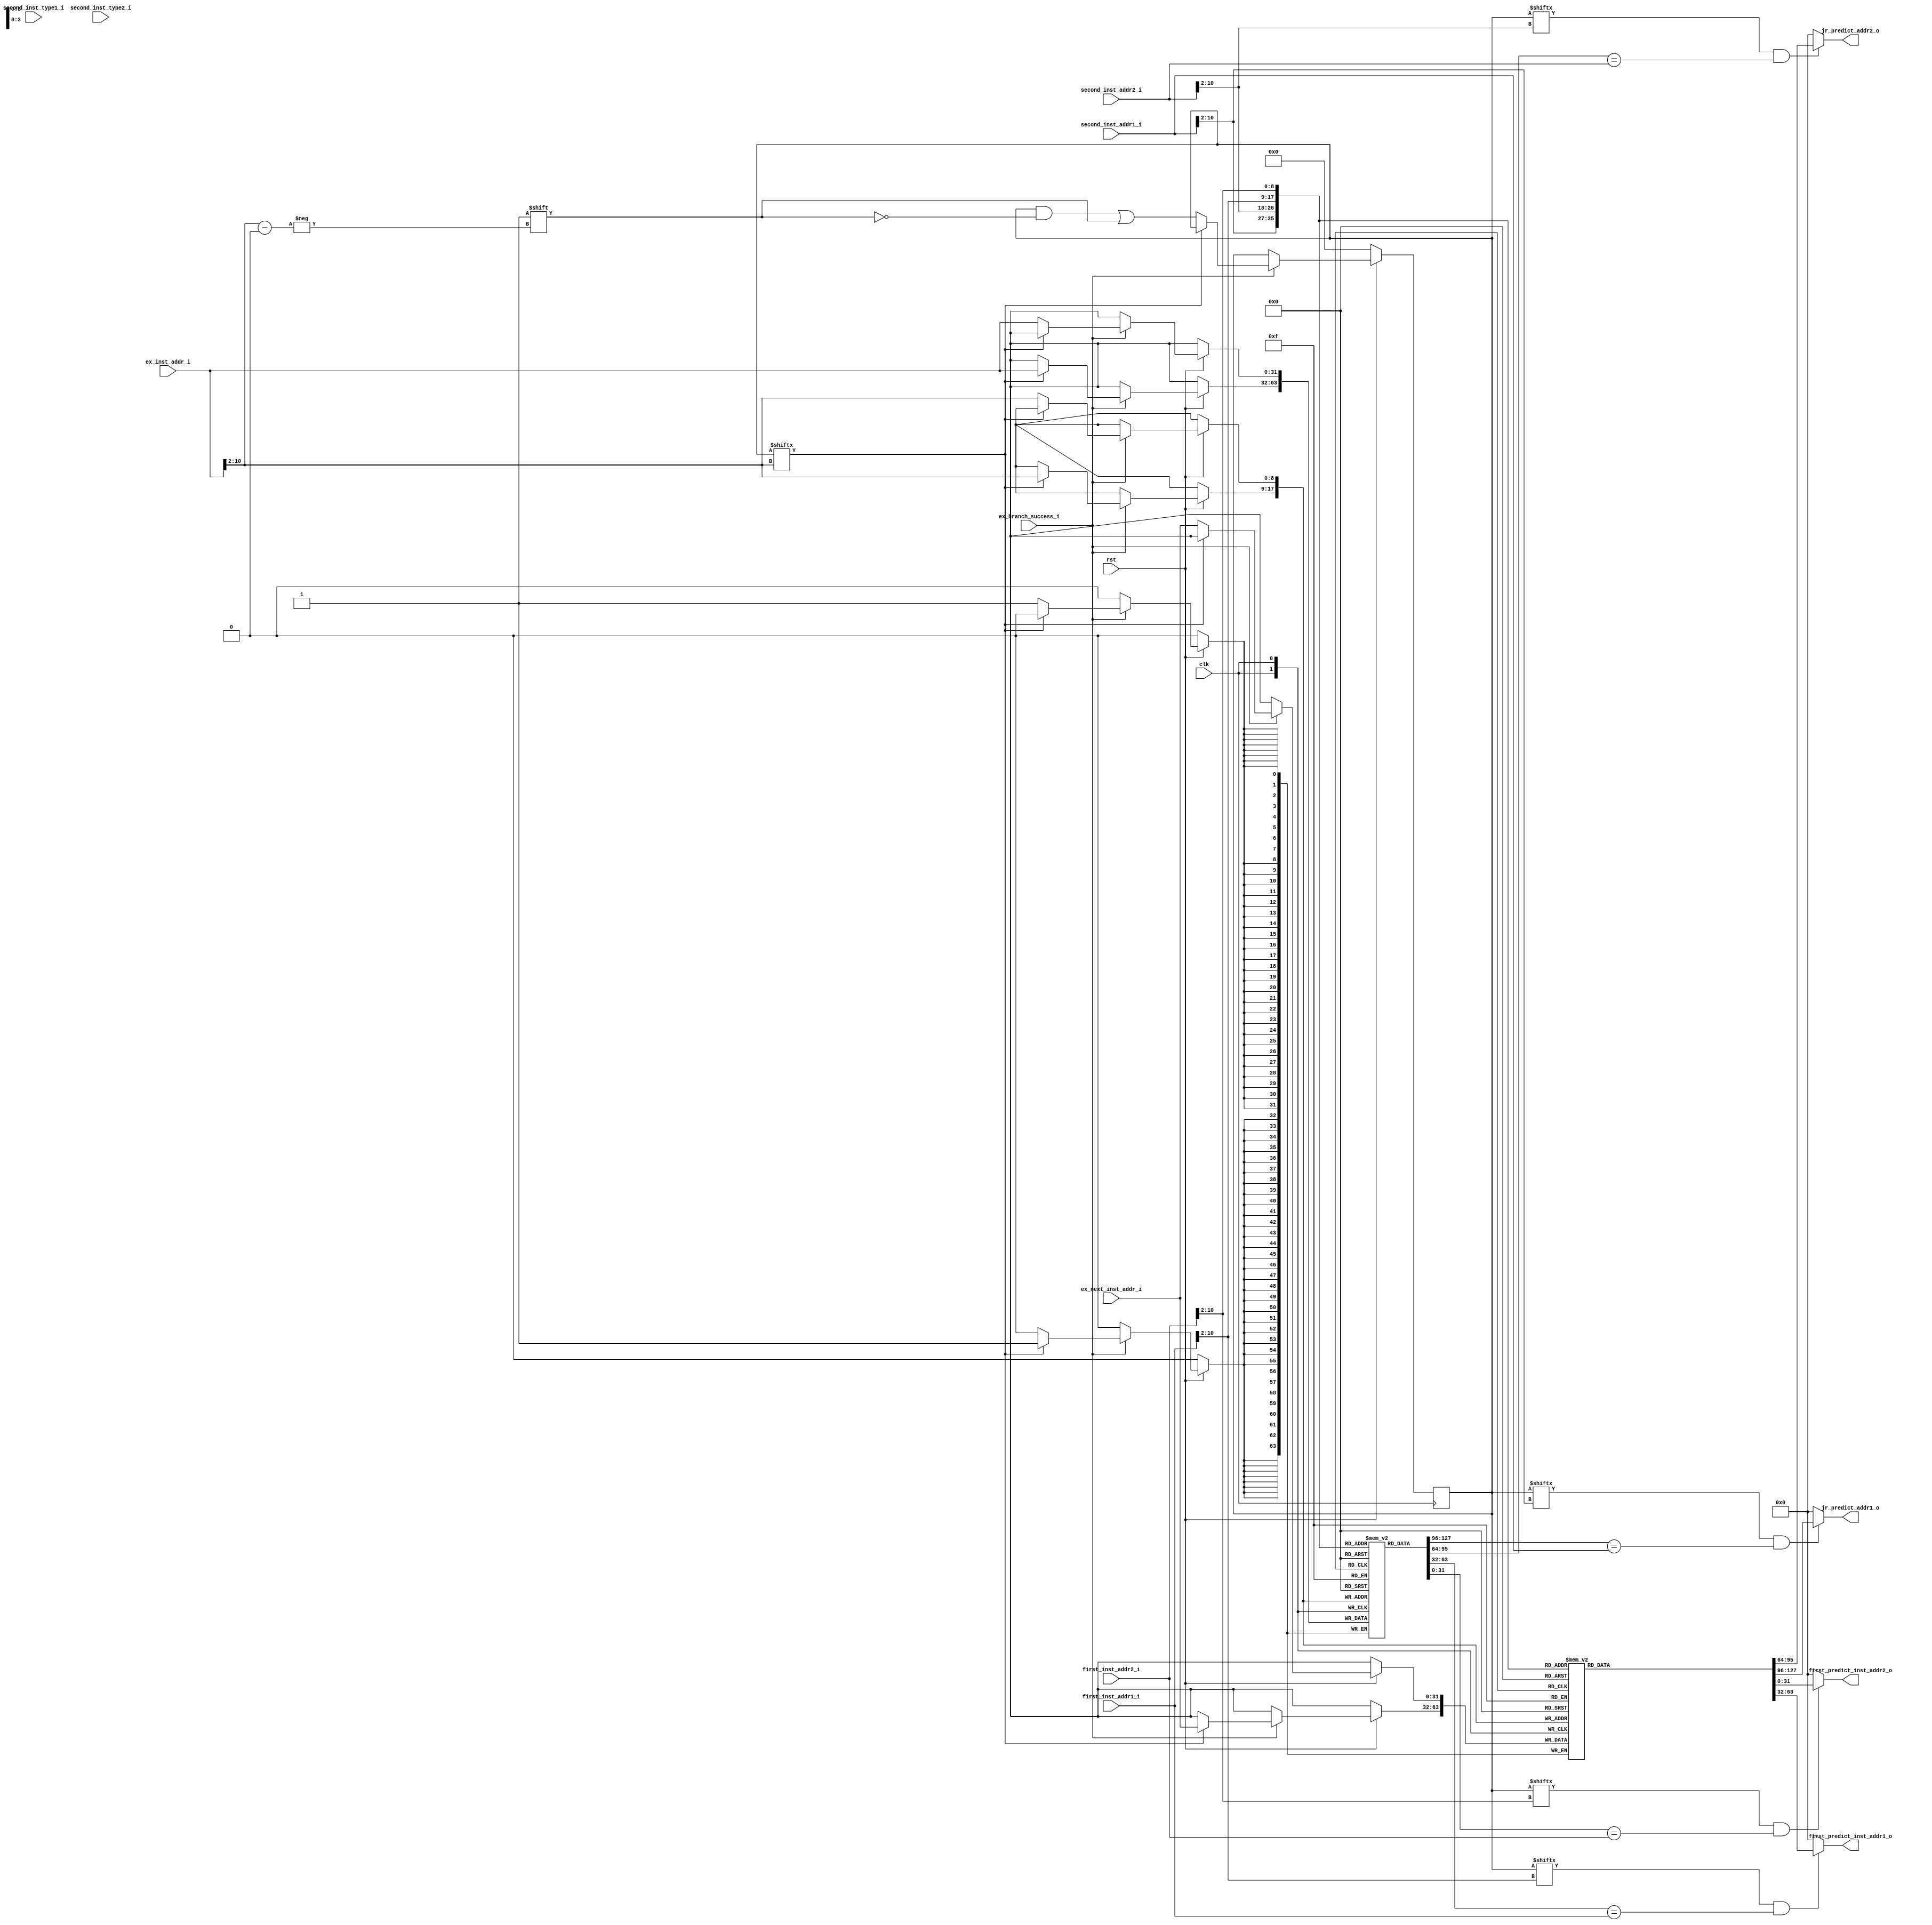
`timescale 1ns / 1ps
//////////////////////////////////////////////////////////////////////////////////
// Company: 
// Engineer: 
// 
// Design Name: 
// Module Name: BTB
// Project Name: 
// Target Devices: 
// Tool Versions: 
// Description: 
// 
// Dependencies: 
// 
// Revision:
// Revision 0.01 - File Created
// Additional Comments:
// 
//////////////////////////////////////////////////////////////////////////////////
`define type_branch 2'b01
`define type_ret 2'b10
`define type_j 2'b11
`define type_no 2'b00

module BTB(
    input wire clk,
    input wire rst,

    input wire [31:0] first_inst_addr1_i,
    input wire [31:0] first_inst_addr2_i,

    input wire [31:0] ex_inst_addr_i,
    input wire ex_branch_success_i,
    input wire [31:0] ex_next_inst_addr_i,

    input wire [31:0] second_inst_addr1_i,
    input wire [31:0] second_inst_addr2_i,
    input wire [1:0]  second_inst_type1_i,
    input wire [1:0]  second_inst_type2_i,

    output reg [31:0] jr_predict_addr1_o,
    output reg [31:0] jr_predict_addr2_o,

    output reg [31:0] first_predict_inst_addr1_o,
    output reg [31:0] first_predict_inst_addr2_o
    );
    reg [31:0]  BTB_tag [511:0];
    reg [31:0]  BTB_next_inst_addr[511:0];
    reg [511:0] BTB_valid;

    wire [8:0]  BTB_index1;
    wire [8:0]  BTB_index2;
    wire [31:0] BTB_tag1;
    wire [31:0] BTB_tag2;

    wire [8:0]  BTB_jr_index1;
    wire [8:0]  BTB_jr_index2;
    wire [31:0] BTB_jr_tag1;
    wire [31:0] BTB_jr_tag2;

    wire [8:0]  BTB_corr_index;
    wire [31:0] BTB_corr_tag;

    assign BTB_index1 =     first_inst_addr1_i[10:2];
    assign BTB_index2 =     first_inst_addr2_i[10:2];
    assign BTB_corr_index = ex_inst_addr_i[10:2];
    assign BTB_tag1 =     first_inst_addr1_i;
    assign BTB_tag2 =     first_inst_addr2_i;
    assign BTB_corr_tag =   ex_inst_addr_i;


    assign BTB_jr_index1 =     second_inst_addr1_i[10:2];
    assign BTB_jr_index2 =     second_inst_addr2_i[10:2];
    assign BTB_jr_tag1 =     second_inst_addr1_i;
    assign BTB_jr_tag2 =     second_inst_addr2_i;

    //1?0
    always @(*) begin
        if(BTB_valid[BTB_index1] == 1'b1 && BTB_tag[BTB_index1] == BTB_tag1)begin
            first_predict_inst_addr1_o = BTB_next_inst_addr[BTB_index1];
        end
        else begin
            first_predict_inst_addr1_o = 32'b0;
        end
    end

    //2
    always @(*) begin
        if(BTB_valid[BTB_index2] == 1'b1 && BTB_tag[BTB_index2] == BTB_tag2)begin
            first_predict_inst_addr2_o = BTB_next_inst_addr[BTB_index2];
        end
        else begin
            first_predict_inst_addr2_o = 32'b0;
        end
    end

    //jr
    always @(*) begin
        if(BTB_valid[BTB_jr_index1] == 1'b1 && BTB_tag[BTB_jr_index1] == BTB_jr_tag1)begin
            jr_predict_addr1_o = BTB_next_inst_addr[BTB_jr_index1];
        end
        else begin
            jr_predict_addr1_o = 32'b0;
        end
    end

    always @(*) begin
        if(BTB_valid[BTB_jr_index2] == 1'b1 && BTB_tag[BTB_jr_index2] == BTB_jr_tag2)begin
            jr_predict_addr2_o = BTB_next_inst_addr[BTB_jr_index2];
        end
        else begin
            jr_predict_addr2_o = 32'b0;
        end
    end

    //
    always @(posedge clk) begin
        if(~rst)begin
            BTB_valid <= 512'b0;
        end
        else if(ex_branch_success_i)begin
            if(BTB_valid[BTB_corr_index] == 1'b0)begin
                BTB_tag[BTB_corr_index] <= BTB_corr_tag;
                BTB_next_inst_addr[BTB_corr_index] <= ex_next_inst_addr_i;
                BTB_valid[BTB_corr_index] <= 1'b1;
            end
            else begin
                BTB_tag[BTB_corr_index] <= BTB_corr_tag;
                BTB_next_inst_addr[BTB_corr_index] <= ex_next_inst_addr_i;
            end
        end
        else begin
            
        end
    end
endmodule